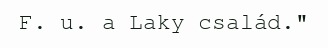
F. u. a Laky család."